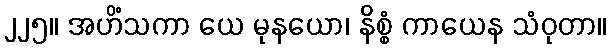
၂၂၅။ အဟိံသကာ ယေ မုနယော၊ နိစ္စံ ကာယေန သံဝုတာ။